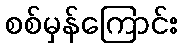
စစ်မှန်ကြောင်း